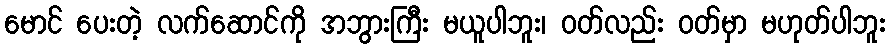
မောင် ပေးတဲ့ လက်ဆောင်ကို အဘွားကြီး မယူပါဘူး၊ ဝတ်လည်း ဝတ်မှာ မဟုတ်ပါဘူး